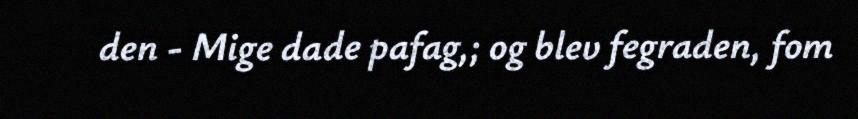
den - Mige dade pafag,; og blev fegraden, fom